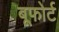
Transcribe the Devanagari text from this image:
बूफोर्ट